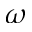
\omega